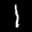
Label: 1